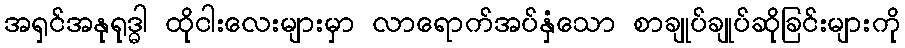
အရှင်အနုရုဒ္ဓါ ထိုငါးလေးများမှာ လာရောက်အပ်နှံသော စာချုပ်ချုပ်ဆိုခြင်းများကို